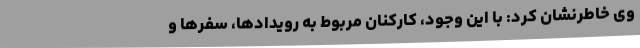
وی خاطرنشان کرد: با این وجود، کارکنان مربوط به رویدادها، سفرها و